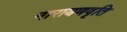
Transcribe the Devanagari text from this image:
नारायणवृति